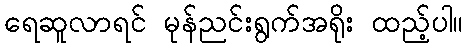
ရေဆူလာရင် မုန်ညင်းရွက်အရိုး ထည့်ပါ။